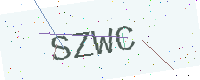
Text: SZWC